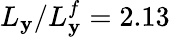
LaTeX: L_{\mathbf{y}}/L_{\mathbf{y}}^{f}=2.13